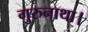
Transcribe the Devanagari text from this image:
गुरुनाथा।